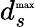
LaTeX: d_{s}^{\textrm{\tiny max}}